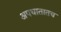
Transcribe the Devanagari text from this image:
अपघातातच